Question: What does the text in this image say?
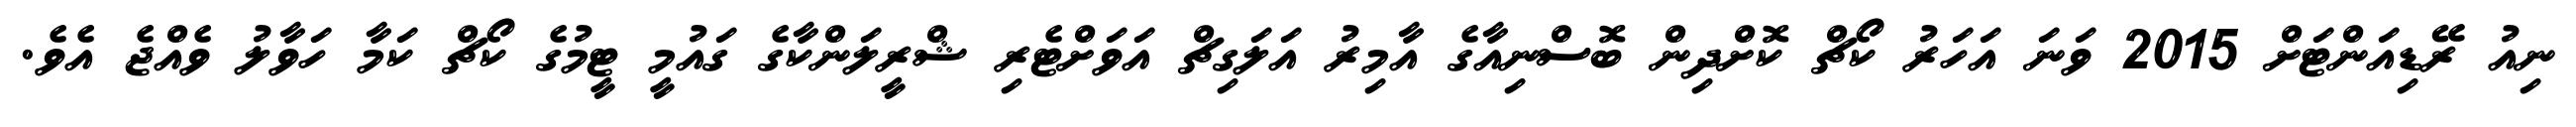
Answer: ނިއު ރޭޑިއަންޓަށް 2015 ވަނަ އަހަރު ކޯޗް ކޮށްދިން ބޮސްނިއާގެ އާމިރު އަލަގިޗް އަވަށްޓެރި ޝްރީލަންކާގެ ގައުމީ ޓީމުގެ ކޯޗް ކަމާ ހަވާލު ވެއްޖެ އެވެ.